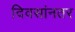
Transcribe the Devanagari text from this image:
दिवसांनतर